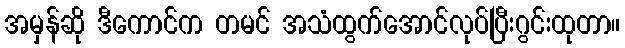
အမှန်ဆို ဒီကောင်က တမင် အသံထွက်အောင်လုပ်ပြီးဂွင်းထုတာ။